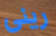
رينى